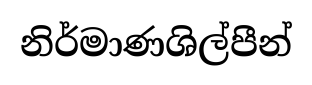
නිර්මාණශිල්පීන්